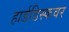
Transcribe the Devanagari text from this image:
हार्डडिस्कवर